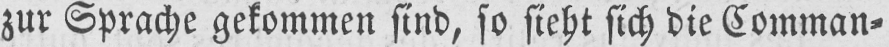
zur Sprache gekommen sind, so sieht sich die Comman⸗